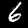
Digit: 6